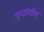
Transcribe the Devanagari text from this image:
एनाटोम